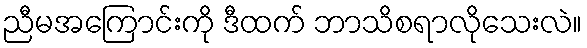
ညီမအကြောင်းကို ဒီထက် ဘာသိစရာလိုသေးလဲ။